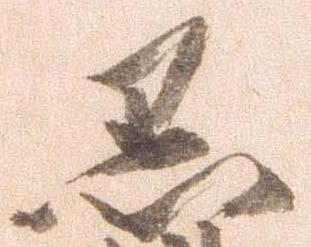
黒